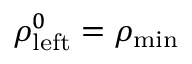
\rho _ { \mathrm { l e f t } } ^ { 0 } = \rho _ { \mathrm { m i n } }